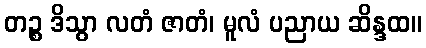
တဉ္စ ဒိသွာ လတံ ဇာတံ၊ မူလံ ပညာယ ဆိန္ဒထ။